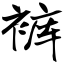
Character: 裤